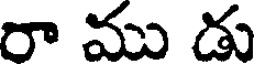
రా ము డు